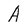
Character: A